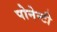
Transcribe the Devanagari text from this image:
पोनेन्टी